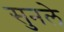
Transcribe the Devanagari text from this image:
सुनले